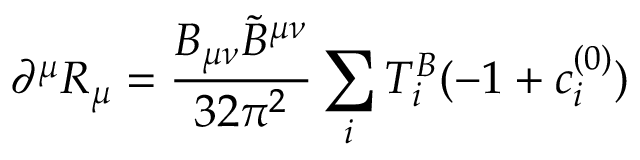
\partial ^ { \mu } R _ { \mu } = \frac { B _ { \mu \nu } { \tilde { B } } ^ { \mu \nu } } { 3 2 \pi ^ { 2 } } \sum _ { i } T _ { i } ^ { B } ( - 1 + c _ { i } ^ { ( 0 ) } )